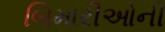
બિમારીઓની